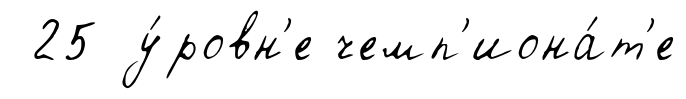
25 у́ровн'е чемп'иона́т'е